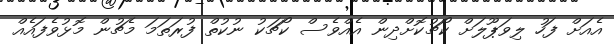
އެއަށް ފަހު ލިވަޕޫލަށް ކޯޗުކޮށްދިން އެއްވެސް ކޯޗަކު ނުކުތް ފުރަތަމަ މެޗުން މޮޅުވެފައެއް